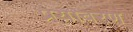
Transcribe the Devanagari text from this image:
प्र्यावरण